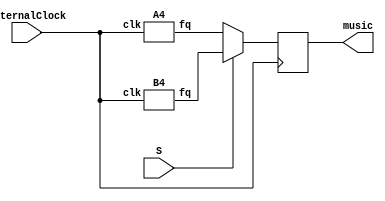
`timescale 1ns / 1ps
//////////////////////////////////////////////////////////////////////////////////
// Company: 
// Engineer: 
// 
// Design Name: 
// Module Name:    MusicGeneratorLogic 
// Project Name: 
// Target Devices: 
// Tool versions: 
// Description: 
//
// Dependencies: 
//
// Revision: 
// Revision 0.01 - File Created
// Additional Comments: 
//
//////////////////////////////////////////////////////////////////////////////////
module MusicGeneration(
    input externalClock,
    input S,
    output reg music
    );
	
	wire a4, b4;
	//will hold the different frequencies of the musical notes
	A4 U1(externalClock, a4);
	B4 U2(externalClock, b4);
	  
always @(posedge externalClock)
	begin
	if(S == 0)
		begin
		music <= a4;
		end
	else if(S == 1)
		begin
		music <= b4;
		end
	end
endmodule
	
module A4(
input clk,
output reg fq
);

	//used to convert 50MHz time to 440Hz timing
	integer startCount = 0;
	integer maxCount = 56817;
	always@(posedge clk)
	begin
	startCount <= startCount+1;
	if(startCount >= maxCount)
		begin
		startCount <= 0;
		fq <= !fq;
		end	
	end
endmodule
	
module B4(
input clk,
output reg fq
);

	//used to convert 50MHz time to 493.88Hz timing
	integer startCount = 0;
	integer maxCount = 50619;
	
	always@(posedge clk)
	begin
	startCount = startCount+1;
	if(startCount == maxCount)
		begin
		startCount = 0;
		fq = !fq;
		end	
	end
endmodule